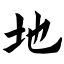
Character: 地